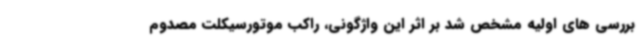
بررسی های اولیه مشخص شد بر اثر این واژگونی، راکب موتورسیکلت مصدوم